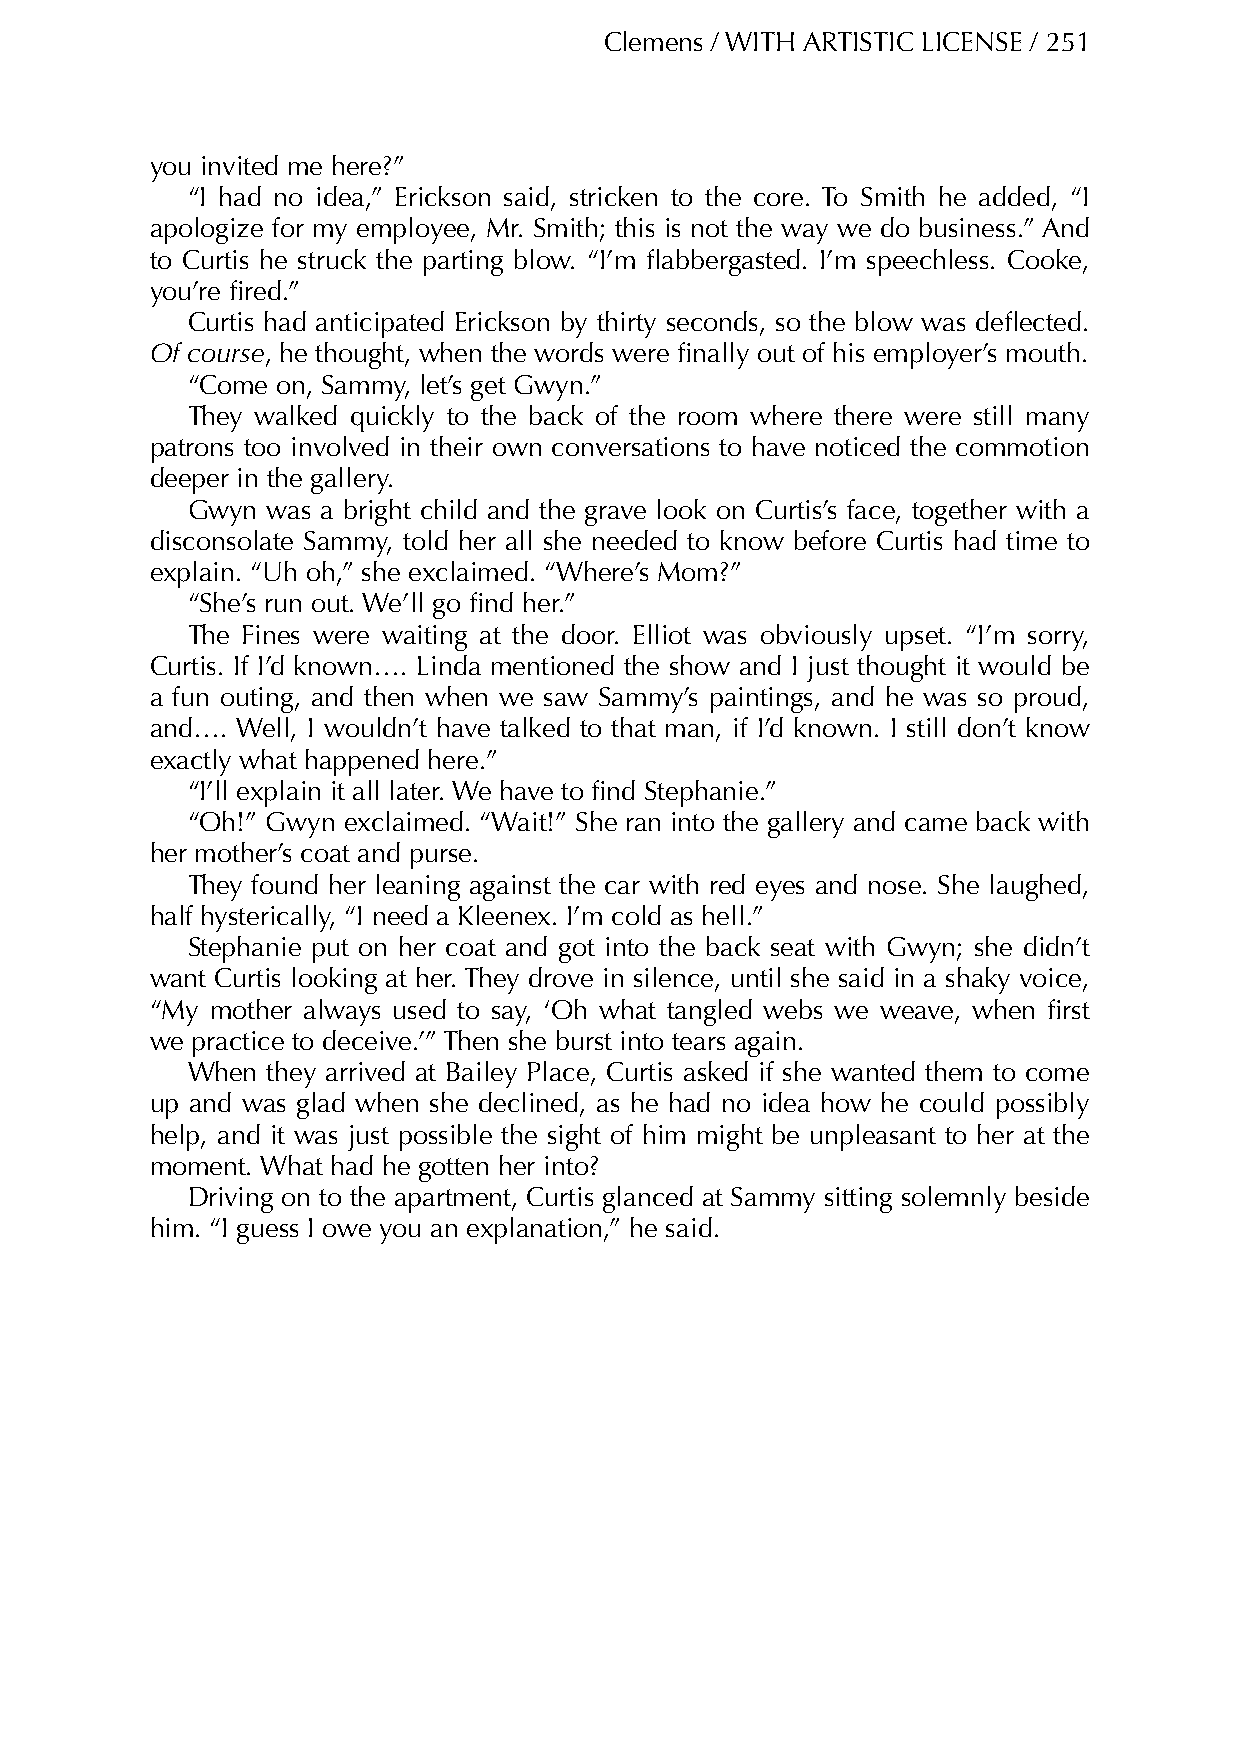
Clemens / WITH ARTISTIC LICENSE / 251
 you invited me here?”
 “I had no idea,” Erickson said, stricken to the core. To Smith he added, “I
 apologize for my employee, Mr. Smith; this is not the way we do business.” And
 to Curtis he struck the parting blow. “I’m flabbergasted. I’m speechless. Cooke,
 you’re fired.”
 Curtis had anticipated Erickson by thirty seconds, so the blow was deflected.
 Of course, he thought, when the words were finally out of his employer’s mouth.
 “Come on, Sammy, let’s get Gwyn.”
 They walked quickly to the back of the room where there were still many
 patrons too involved in their own conversations to have noticed the commotion
 deeper in the gallery.
 Gwyn  was a bright child and the grave look on Curtis’s face, together with a
 disconsolate Sammy, told her all she needed to know before Curtis had time to
 explain. “Uh oh,” she exclaimed. “Where’s Mom?”
 “She’s run out. We’ll go find her.”
 The Fines were waiting at the door. Elliot was obviously upset. “I’m sorry,
 Curtis. If I’d known…. Linda mentioned the show and I just thought it would be
 a fun outing, and then when we saw Sammy’s paintings, and he was so proud,
 and…. Well, I wouldn’t have talked to that man, if I’d known. I still don’t know
 exactly what happened here.”
 “I’ll explain it all later. We have to find Stephanie.”
 “Oh!” Gwyn exclaimed. “Wait!” She ran into the gallery and came back with
 her mother’s coat and purse.
 They found her leaning against the car with red eyes and nose. She laughed,
 half hysterically, “I need a Kleenex. I’m cold as hell.”
 Stephanie put on her coat and got into the back seat with Gwyn; she didn’t
 want Curtis looking at her. They drove in silence, until she said in a shaky voice,
 “My mother always used to say, ‘Oh what tangled webs we weave, when first
 we practice to deceive.’” Then she burst into tears again.
 When  they arrived at Bailey Place, Curtis asked if she wanted them to come
 up and was glad when she declined, as he had no idea how he could possibly
 help, and it was just possible the sight of him might be unpleasant to her at the
 moment. What had he gotten her into?
 Driving on to the apartment, Curtis glanced at Sammy sitting solemnly beside
 him. “I guess I owe you an explanation,” he said.